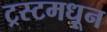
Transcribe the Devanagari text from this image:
ट्रस्टमधून